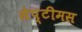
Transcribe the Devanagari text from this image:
सेप्टीमस